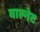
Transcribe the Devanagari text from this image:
वाल्नेट